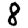
Digit: 8